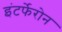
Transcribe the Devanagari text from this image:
इंटर्फेरोन